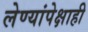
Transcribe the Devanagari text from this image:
लेण्यांपेक्षाही